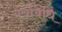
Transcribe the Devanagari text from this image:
यंत्रविधि